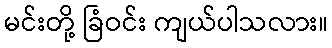
မင်းတို့ ခြံဝင်း ကျယ်ပါသလား။